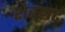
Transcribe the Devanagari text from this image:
शेवहार्ट